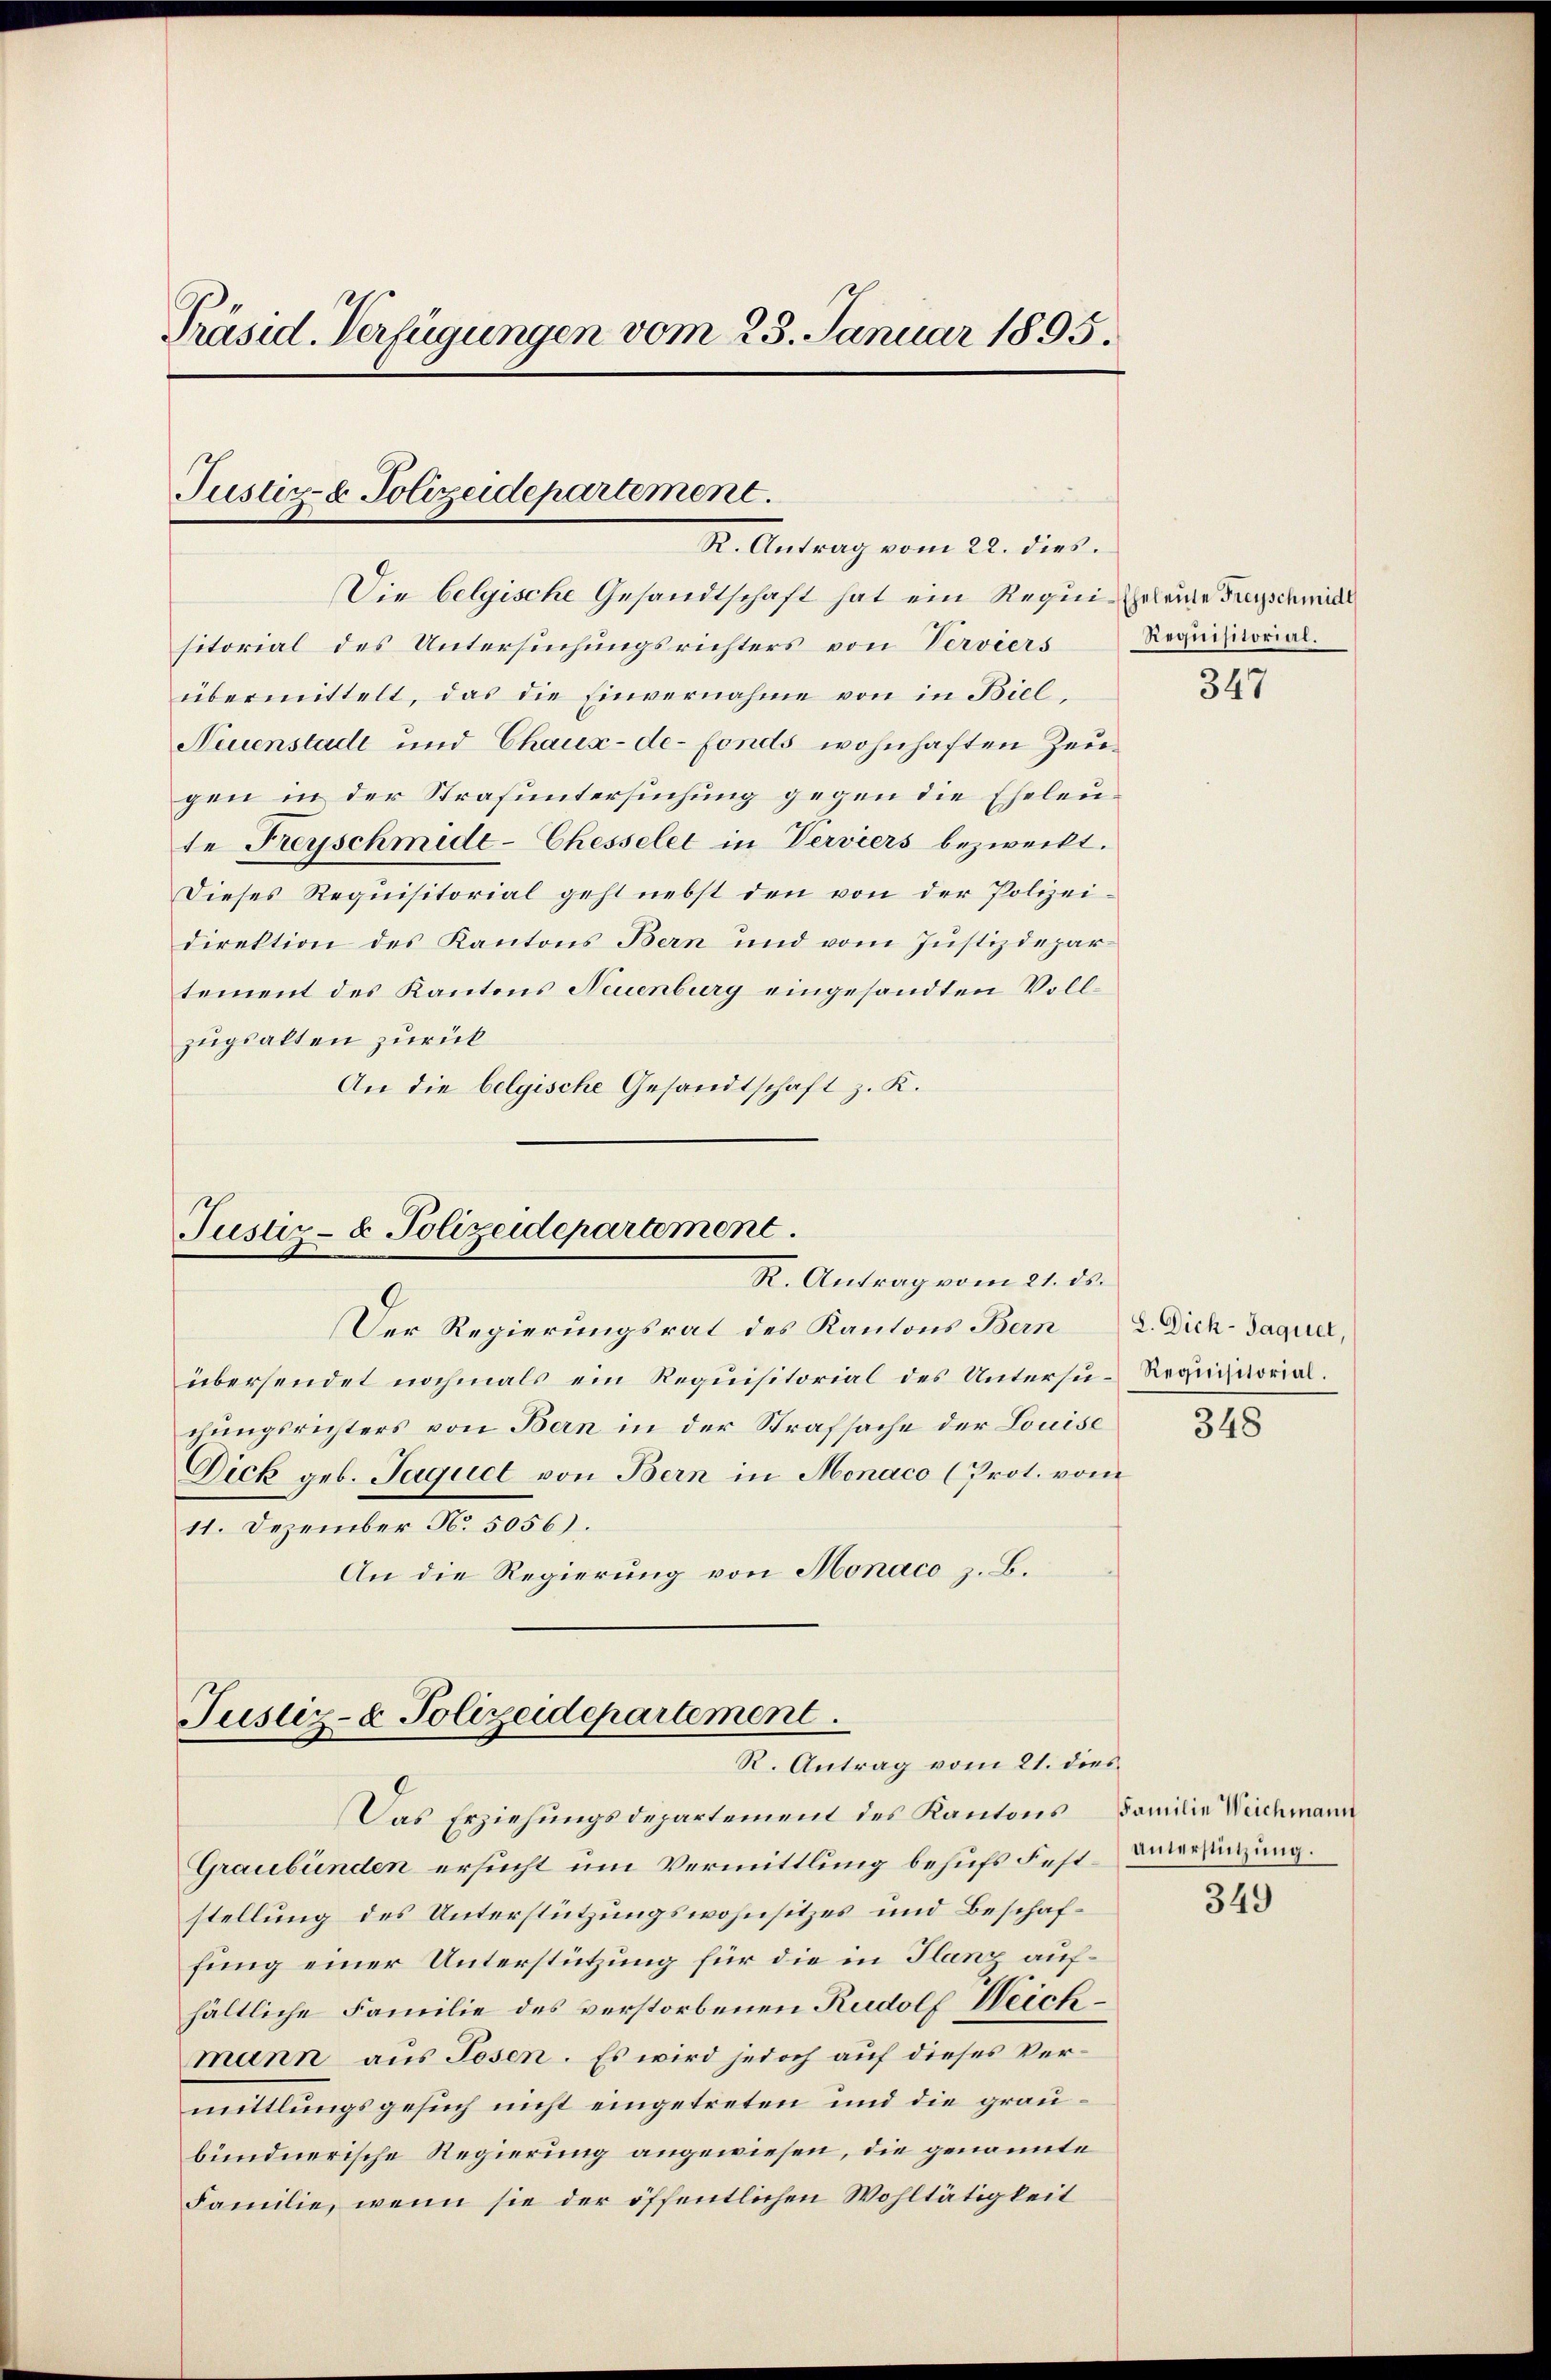
Präsid. Verfügungen vom 25. Januar 1895.

Justiz- & Polizeidepartement.
R. Antrag vom 22. dies.

Die belgische Gesandtschaft hat ein Requi- Geleide Fuyschmidl
sitorial des Untersuchungsrichters von Verviers
übermittelt, das die Einvernahme von in Biel,
Neuenstadt und Chaux-de-Fonds wohnhaften Zeugen in der Strafuntersuchung gegen die Eheleute Freyschmide-Chesselet in Verviers bezweckt.
Dieses Requisitorial geht nebst den von der Polizeidirektion des Kantons Bern und vom Justizdepartement des Kantons Neuenburg eingesandten Vollzugsalten zurück
An die belgische Gesandtschaft z. K.

Justiz- & Polizeidepartement.
R. Antrag vom 21. ds.
Der Regierungsrat des Kantons Bern 2. Dich. Jaquer,

übersendet nochmals ein Requisitorial des Untersu-Requistorialchungsrichters von Bern in der Strafsache der Louise
Dick geb. Jaquel von Bern in Monaco (Prot. vom
11. Dezember No. 5056).
An die Regierung von Monaco z. B.

Justiz- & Polizeidepartement.
R. Antrag vom 21. dies

Das Erziehungsdepartement des Kantons Familie Weichmann
Graubünden ersucht um Vermittlung behufs Fest-Untersitzung.
stellung des Unterstützungswohnsitzes und Beschaffung einer Unterstützung für die in Flanz aufhältliche Familie des verstorbenen Rudolf Weichmann aus Posen. Es wird jedoch auf dieses Vermittlungsgesuch nicht eingetreten und die graubündnerische Regierung angewiesen, die genannte
Familie, wenn sie der öffentlichen Wohltätigkeit

Requisitorial.

347

348

349